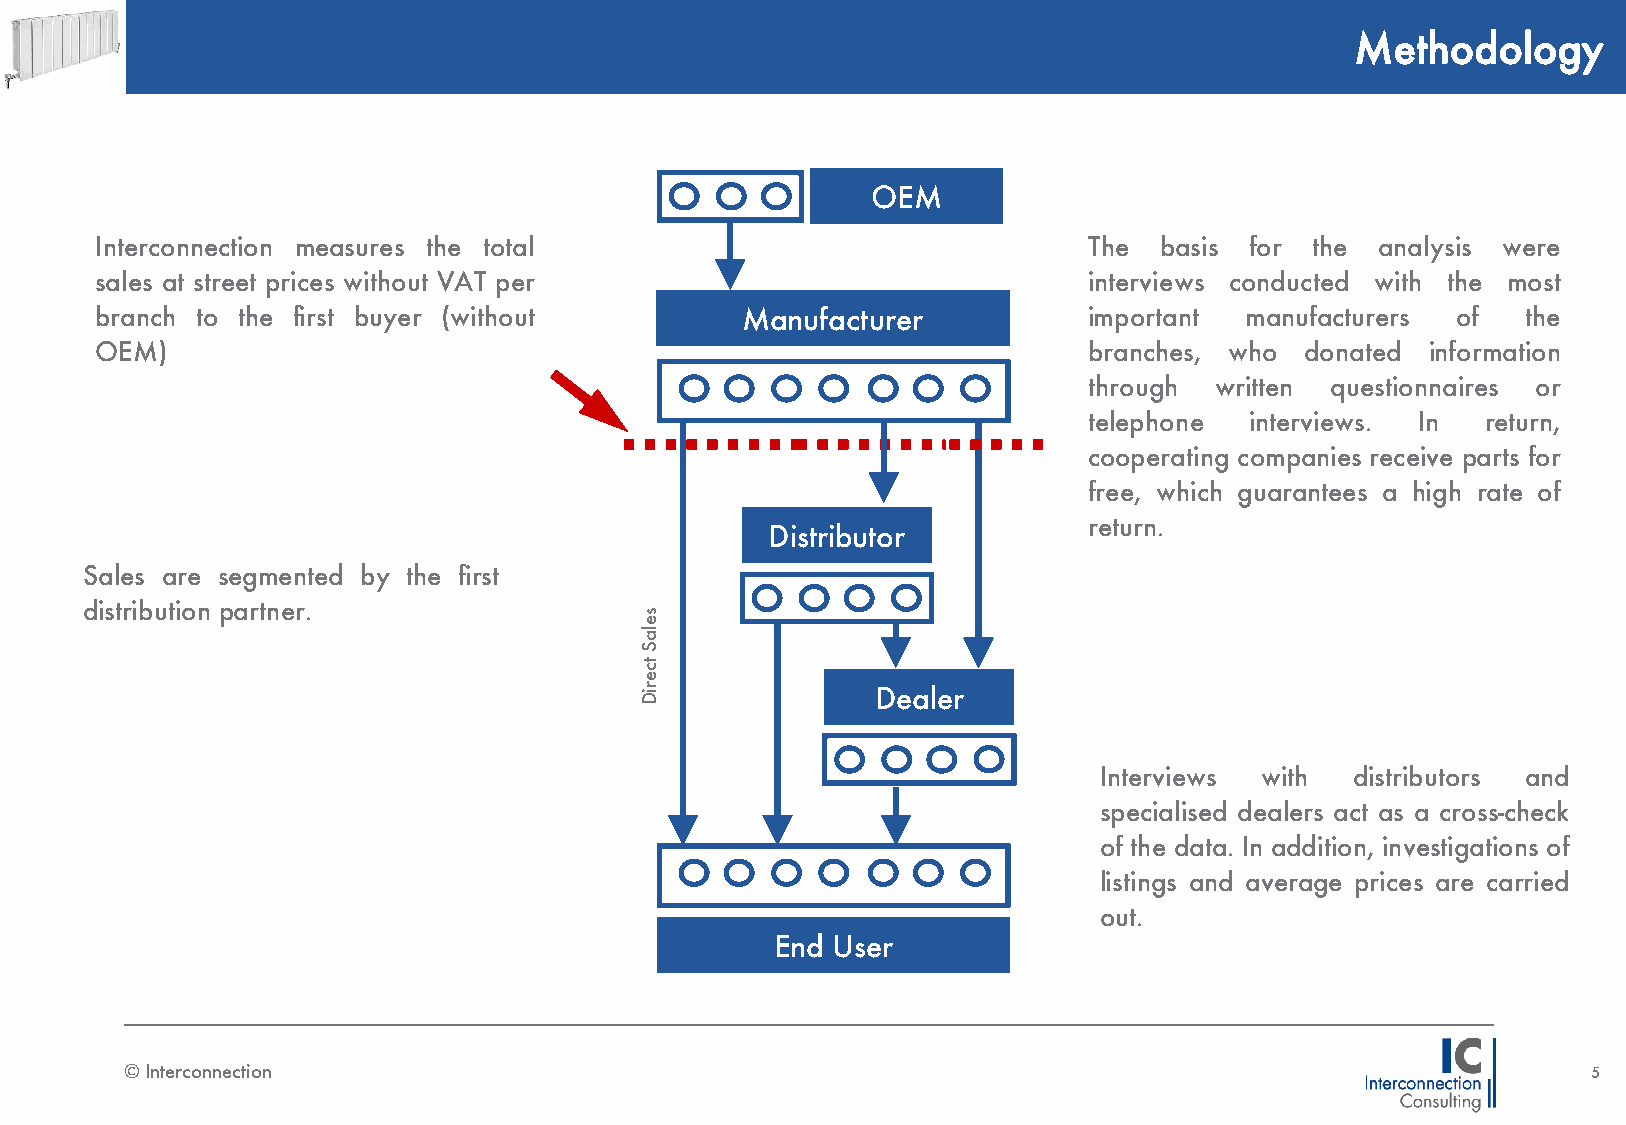
Methodology
 OEM
 Interconnection measures the total                                The  basis for the analysis were
 sales at street prices without VAT per                            interviews conducted with the most
 branch to the first buyer (without         Manufacturer           important manufacturers of   the
 OEM)                                                              branches, who donated  information
 through written questionnaires or
 telephone  interviews. In return,
 cooperating companies receive parts for
 free, which guarantees a high rate of
 return.
 Distributor
 Sales are segmented by the first
 distribution partner.
 s
 e
 la
 S
 tc
 e
 r iD            Dealer
 Interviews with  distributors and
 specialised dealers act as a cross-check
 of the data. In addition, investigations of
 listings and average prices are carried
 out.
 End User
 © Interconnection                                                                                5